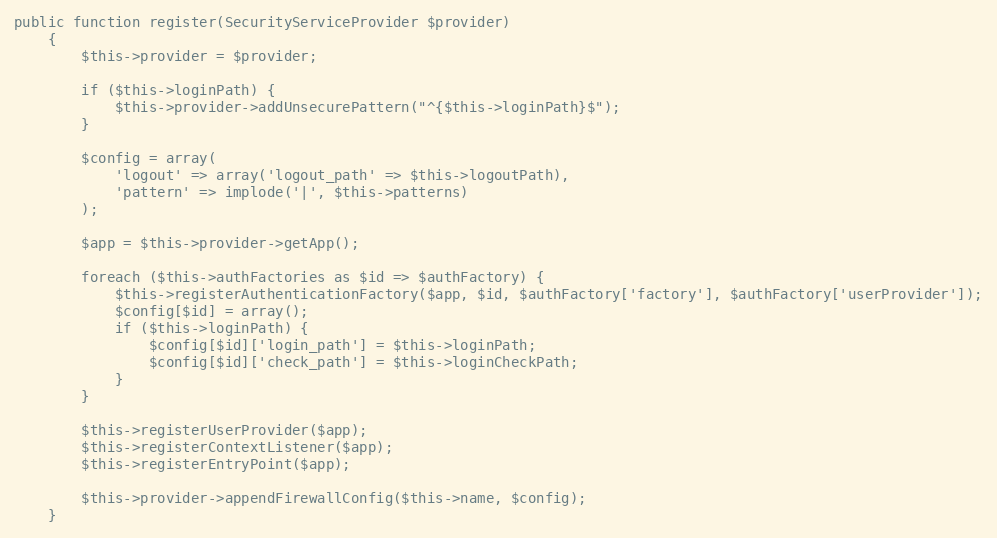
Language: PHP
public function register(SecurityServiceProvider $provider)
    {
        $this->provider = $provider;

        if ($this->loginPath) {
            $this->provider->addUnsecurePattern("^{$this->loginPath}$");
        }

        $config = array(
            'logout' => array('logout_path' => $this->logoutPath),
            'pattern' => implode('|', $this->patterns)
        );

        $app = $this->provider->getApp();

        foreach ($this->authFactories as $id => $authFactory) {
            $this->registerAuthenticationFactory($app, $id, $authFactory['factory'], $authFactory['userProvider']);
            $config[$id] = array();
            if ($this->loginPath) {
                $config[$id]['login_path'] = $this->loginPath;
                $config[$id]['check_path'] = $this->loginCheckPath;
            }
        }

        $this->registerUserProvider($app);
        $this->registerContextListener($app);
        $this->registerEntryPoint($app);

        $this->provider->appendFirewallConfig($this->name, $config);
    }